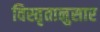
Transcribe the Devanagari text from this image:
विस्तृतानुसार